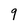
Character: 9